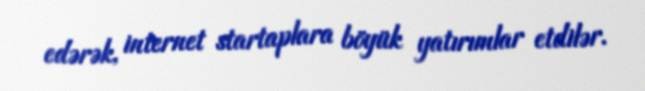
edərək, internet startaplara böyük yatırımlar etdilər.